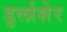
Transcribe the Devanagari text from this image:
डुर्लाशेर